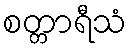
စတ္တာရီသံ